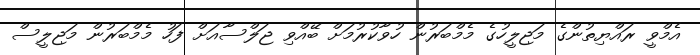
އެމްވީ ރައްޔިތުންގެ މަޖިލީހުގެ މެމްބަރުން ހުވާކުރުމަށް ބޭއްވި ޖަލްސާއަށް ފަހު މެމްބަރުން މަޖިލީސް